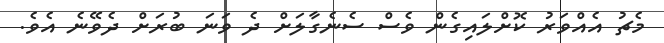
މެޗު އެއްވަރު ކޮށްލައިގެން ވެސް ސެނެގާލަށް ދެ ވަނަ ބުރަށް ދެވޭނެ އެވެ.